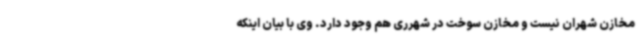
مخازن شهران نیست و مخازن سوخت در شهرری هم وجود دارد. وی با بیان اینکه